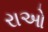
રાઓ